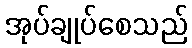
အုပ်ချုပ်စေသည်